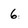
Character: 6